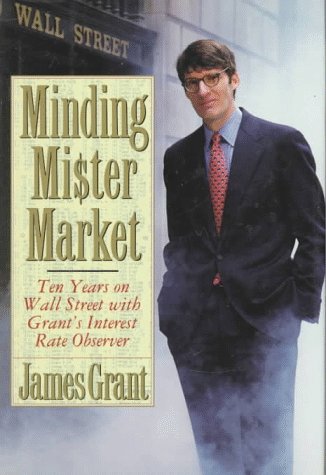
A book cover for Minding Mr. Market: Ten Years on Wall Street With Grant's Interest Rate Observer; James Grant; Business & Money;